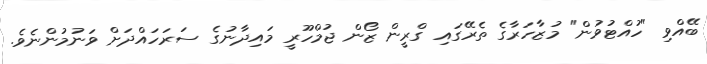
ބޭއްވި "ހުއްޓުވުން" މުޒާހަރާގެ ތެރޭގައި ގްރީން ޒޯން ޖުމްހޫރީ މައިދާނުގެ ސަރަހައްދަށް ވަނުމުންނެވެ.